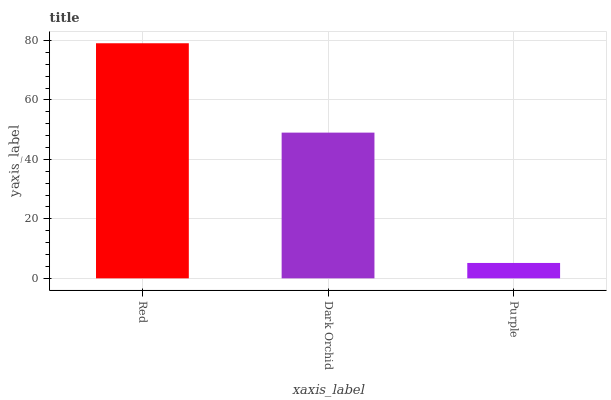
| xaxis_label | bars |
 | --- | --- |
 | Red | 79.1 |
 | Dark Orchid | 49 |
 | Purple | 5.17 |